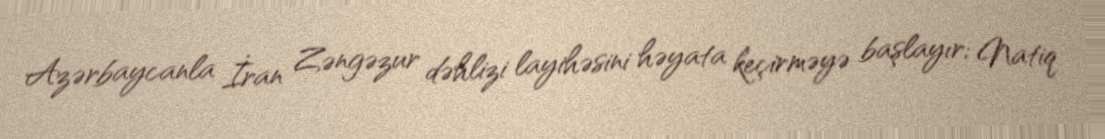
Azərbaycanla İran Zəngəzur dəhlizi layihəsini həyata keçirməyə başlayır; Natiq